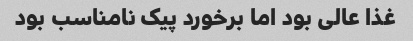
غذا عالی بود اما برخورد پیک نامناسب بود